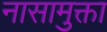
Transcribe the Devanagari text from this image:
नासामुक्ता